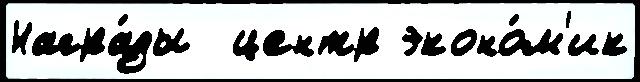
Награ́ды  центр эконо́м'ик